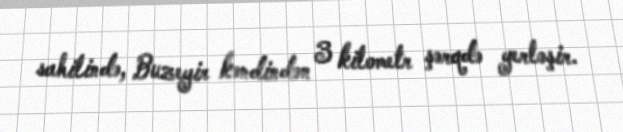
sahilində, Buzeyir kəndindən 3 kilometr şərqdə yerləşir.